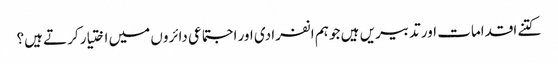
کتنے اقدامات اور تدبیریں ہیں جو ہم انفرادی اور اجتماعی دائروں میں اختیار کرتے ہیں؟